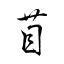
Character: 苜